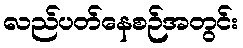
လည်ပတ်နေစဉ်အတွင်း